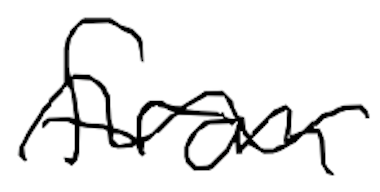
Text: from
Cross-out: wave
Writing tool: digital_black